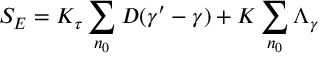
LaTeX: S _ { E } = K _ { \tau } \sum _ { n _ { 0 } } D ( \gamma ^ { \prime } - \gamma ) + K \sum _ { n _ { 0 } } \Lambda _ { \gamma }